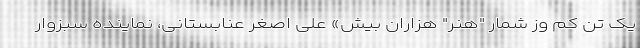
یک تن کم وز شمار "هنر" هزاران بیش» علی اصغر عنابستانی، نماینده سبزوار